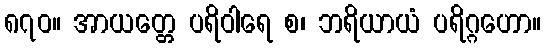
၈၇၀။ အာယတ္တေ ပရိဝါရေ စ၊ ဘရိယာယံ ပရိဂ္ဂဟော။